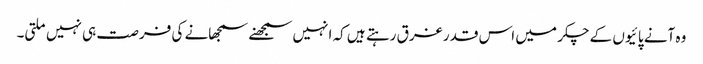
وہ آنے پائیوں کے چکر میں اس قدر غرق رہتے ہیں کہ انہیں سمجھنے سمجھانے کی فرصت ہی نہیں ملتی۔